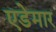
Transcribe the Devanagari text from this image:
एडेमार